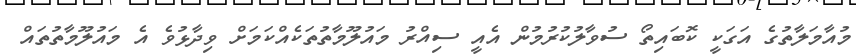
މުއާމަލާތުގެ އަގަކީ ކޮބައިތޯ ސުވާލުކުރުމުން އެއީ ސިއްރު މައުލޫމާތުތަކެއްކަމަށް ވިދާޅުވެ އެ މައުލޫމާތުތައް